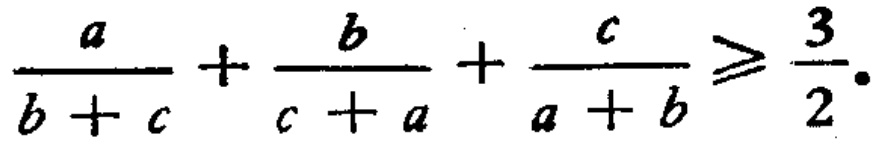
$\frac{a}{b + c}+\frac{b}{c + a}+\frac{c}{a + b}\geqslant\frac{3}{2}.$